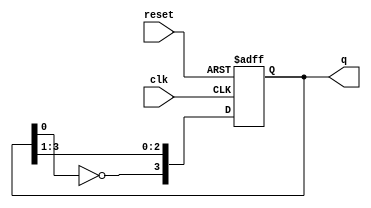
module johnson_counter (
    input wire clk,          // Clock input
    input wire reset,        // Asynchronous reset input
    output reg [3:0] q       // 4-bit output representing the counter state
);

    // Always block triggered on the rising edge of the clock or when reset is asserted
    always @(posedge clk or posedge reset) begin
        if (reset) begin
            // Reset the counter to 0000
            q <= 4'b0000;
        end else begin
            // Johnson counter logic
            q[3] <= ~q[0]; // Feedback from the last flip-flop
            q[2] <= q[3];
            q[1] <= q[2];
            q[0] <= q[1];
        end
    end

endmodule